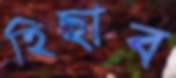
হিছাব